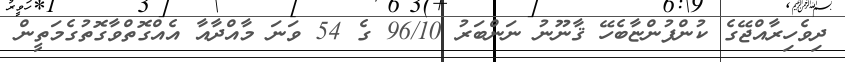
ދިވެހިރާއްޖޭގެ ކުންފުންޏާބެހޭ ޤާނޫނު ނަންބަރު 96/10 ގެ 54 ވަނަ މާއްދާއާ އެއްގޮތްވާގޮތުގެމަތީން